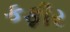
કફીર